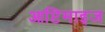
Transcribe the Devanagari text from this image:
आप्टिमाइज